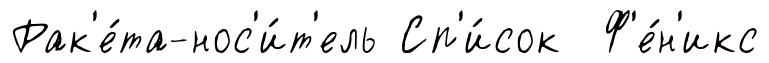
Рак'е́та-нос'и́т'ель Сп'и́сок Ф'е́н'икс